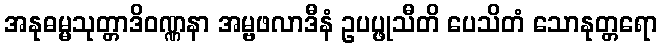
အနုဓမ္မသုတ္တာဒိဝဏ္ဏနာ အမ္ဗဖလာဒီနံ ဥပပ္ဖုသီတိ ပေသိတံ သောနုတ္တရော